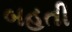
બહતી